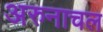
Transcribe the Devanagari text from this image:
अरुनाचल